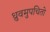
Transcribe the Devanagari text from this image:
ध्रुवमुपचितो